Tartu_pedagoogiumi_aruanded, lk 6
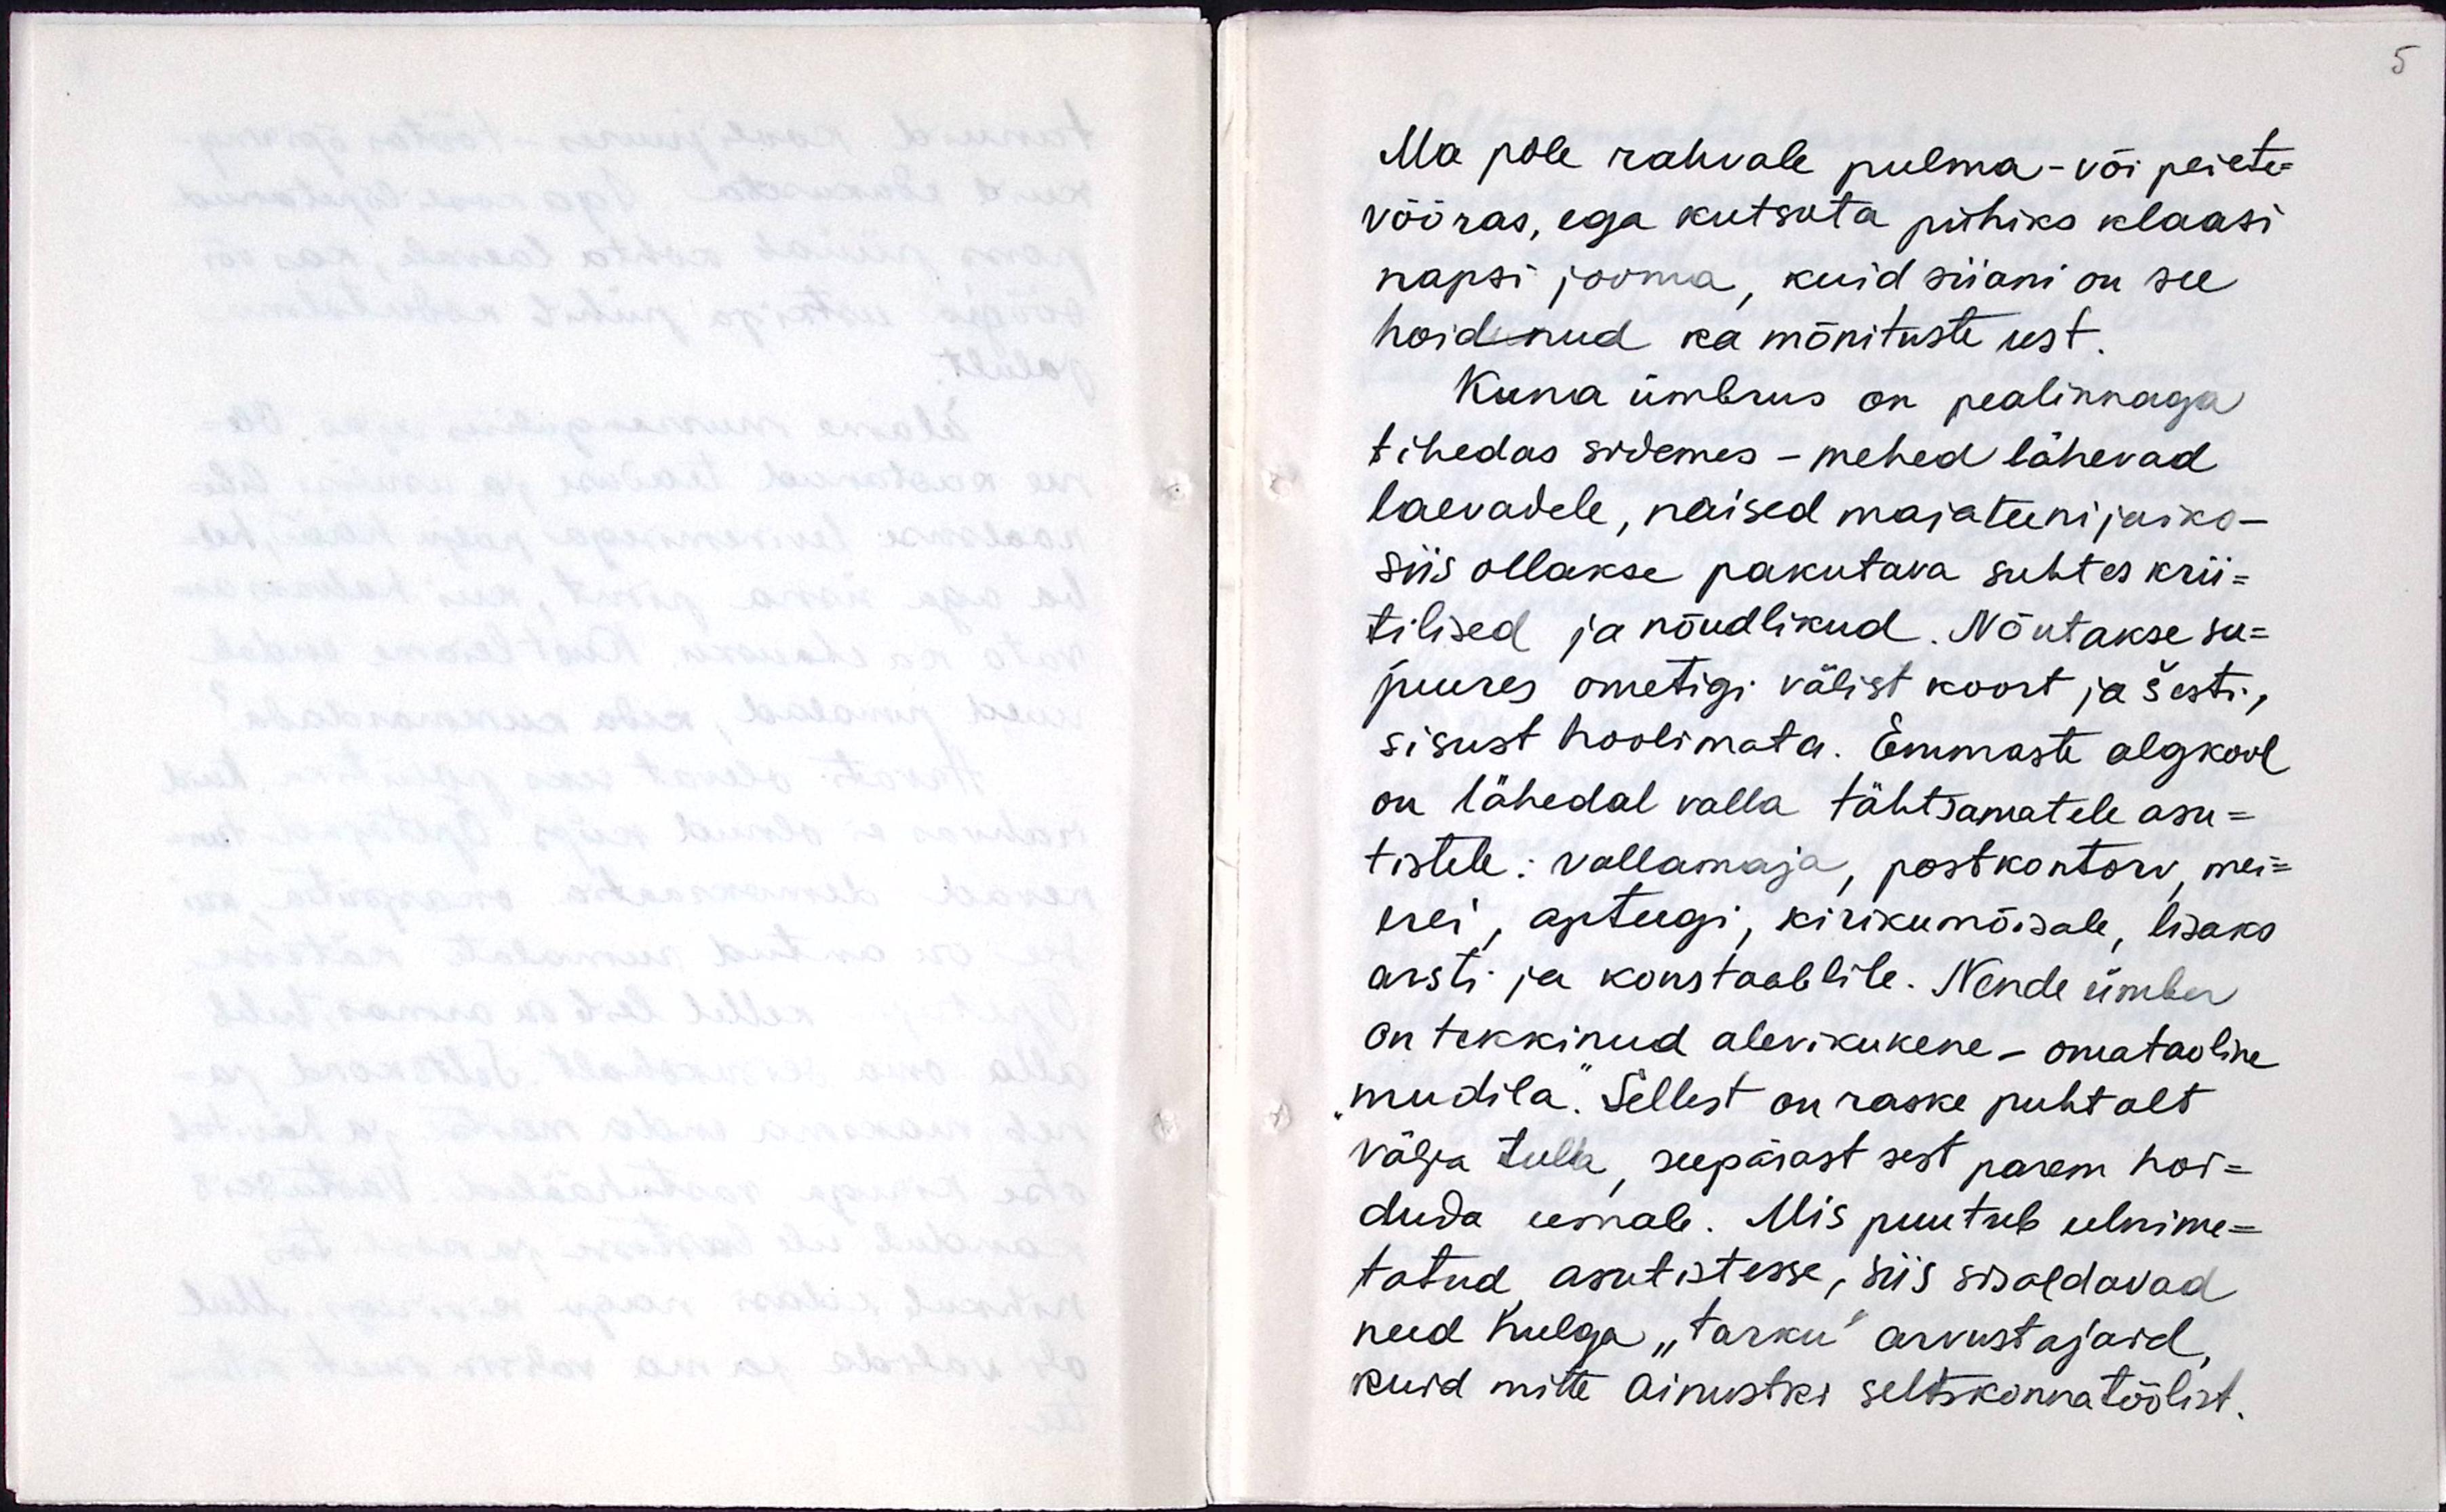
Ma pole rahvale pulma- või peiete-
võõras, ega kutsuta pühiks klaasi
napsi jooma, kuid siiani on see
hoidnud ka mõnituste eest.
Kuna ümbrus on pealinnaga
tihedas sidemes - mehed lähevad
laevadele, naised majateenijaks -
siis ollakse pakutava suhtes krii-
tilised ja nõudlikud. Nõutakse see-
juures ometigi välist koort ja šesti,
sisust hoolimata. Emmaste algkool
on lähedal valla tähtsamatele asu-
tistele: vallamaja, postkontori, mei-
erei, apteegi, kirikumõisale, lisaks
arsti ja konstaablile. Nende ümber
on tekkinud alevikukene - omataoline
"mudila". Sellest on raske puhtalt
välja tulla, seepärast sest parem hoi-
duda eemale. Mis puutub eelnime-
tatud asutistesse, siis sisaldavad
need hulga "tarku" arvustajaid,
kuid mitte ainustki seltskonnatöölist.